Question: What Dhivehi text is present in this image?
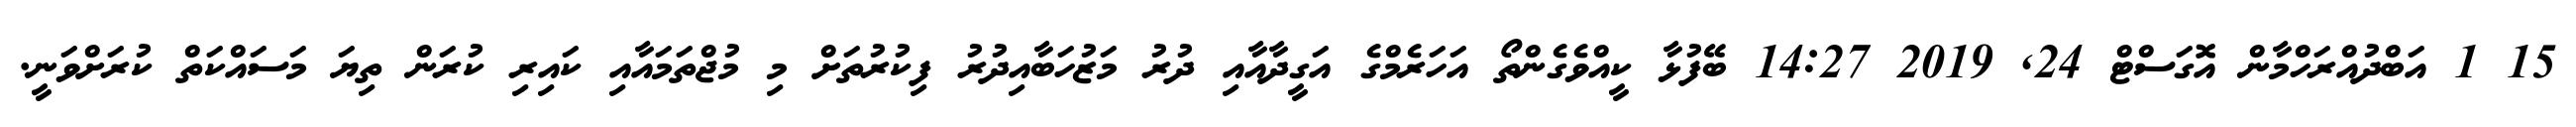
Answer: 15 1 އަބްދުއްރަހްމާން އޮގަސްޓް 24, 2019 14:27 ބޭފުޅާ ކީއްވެގެންތޯ އަހަރެމްގެ އަގީދާއާއި ދުރު މަޒުހަބާއިދުރު ފިކުރުތަށް މި މުޖްތަމައާއި ކައިރި ކުރަން ތިޔަ މަސައްކަތް ކުރަށްވަނީ.